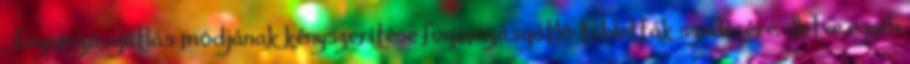
, fogamzásgátlás módjának kényszerítése fogamzásgátló tabletták szedésére, illetve egyéb